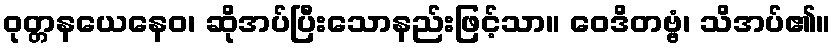
ဝုတ္တနယေနေဝ၊ ဆိုအပ်ပြီးသောနည်းဖြင့်သာ။ ဝေဒိတဗ္ဗံ၊ သိအပ်၏။